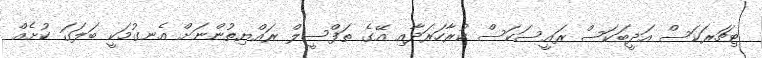
ޓިޗަރަކަސް އަދީބަކަސް ރައީސަކަސް ކުރާހަރަދާއި އޭގެ ތަފްސީލް ރައްޔިތުންނަށް އެނގުމަކީ ބަލަގަ ކުށެއް